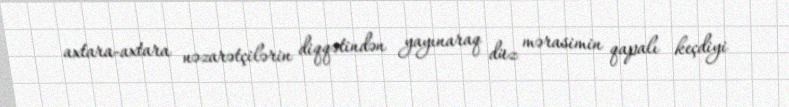
axtara-axtara nəzarətçilərin diqqətindən yayınaraq düz mərasimin qapalı keçdiyi